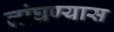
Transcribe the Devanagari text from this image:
लांघण्यास